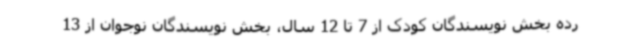
رده بخش نویسندگان کودک از 7 تا 12 سال، بخش نویسندگان نوجوان از 13